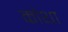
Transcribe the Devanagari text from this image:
कोथा